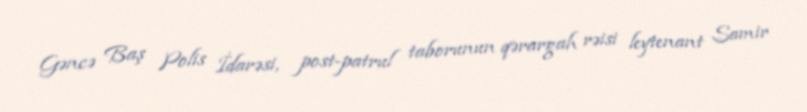
Gəncə Baş Polis İdarəsi, post-patrul taborunun qərargah rəisi leytenant Samir